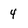
Character: 4